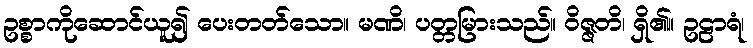
ဥစ္စာကိုဆောင်ယူ၍ ပေးတတ်သော။ မဏိ၊ ပတ္တမြားသည်။ ဝိဇ္ဇတိ၊ ရှိ၏။ ဥဠာရံ၊